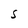
Character: S